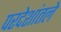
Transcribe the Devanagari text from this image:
परदेशांतले